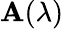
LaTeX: \mathbf{A}(\lambda)